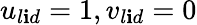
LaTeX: u_{l\mathbf{i}d}=1,v_{l\mathbf{i}d}=0